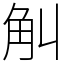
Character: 觓